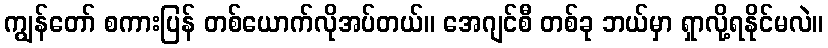
ကျွန်တော် စကားပြန် တစ်ယောက်လိုအပ်တယ်။ အေဂျင်စီ တစ်ခု ဘယ်မှာ ရှာလို့ရနိုင်မလဲ။